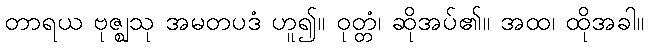
တာရယ ဗုဇ္ဈသု အမတပဒံ ဟူ၍။ ဝုတ္တံ၊ ဆိုအပ်၏။ အထ၊ ထိုအခါ။